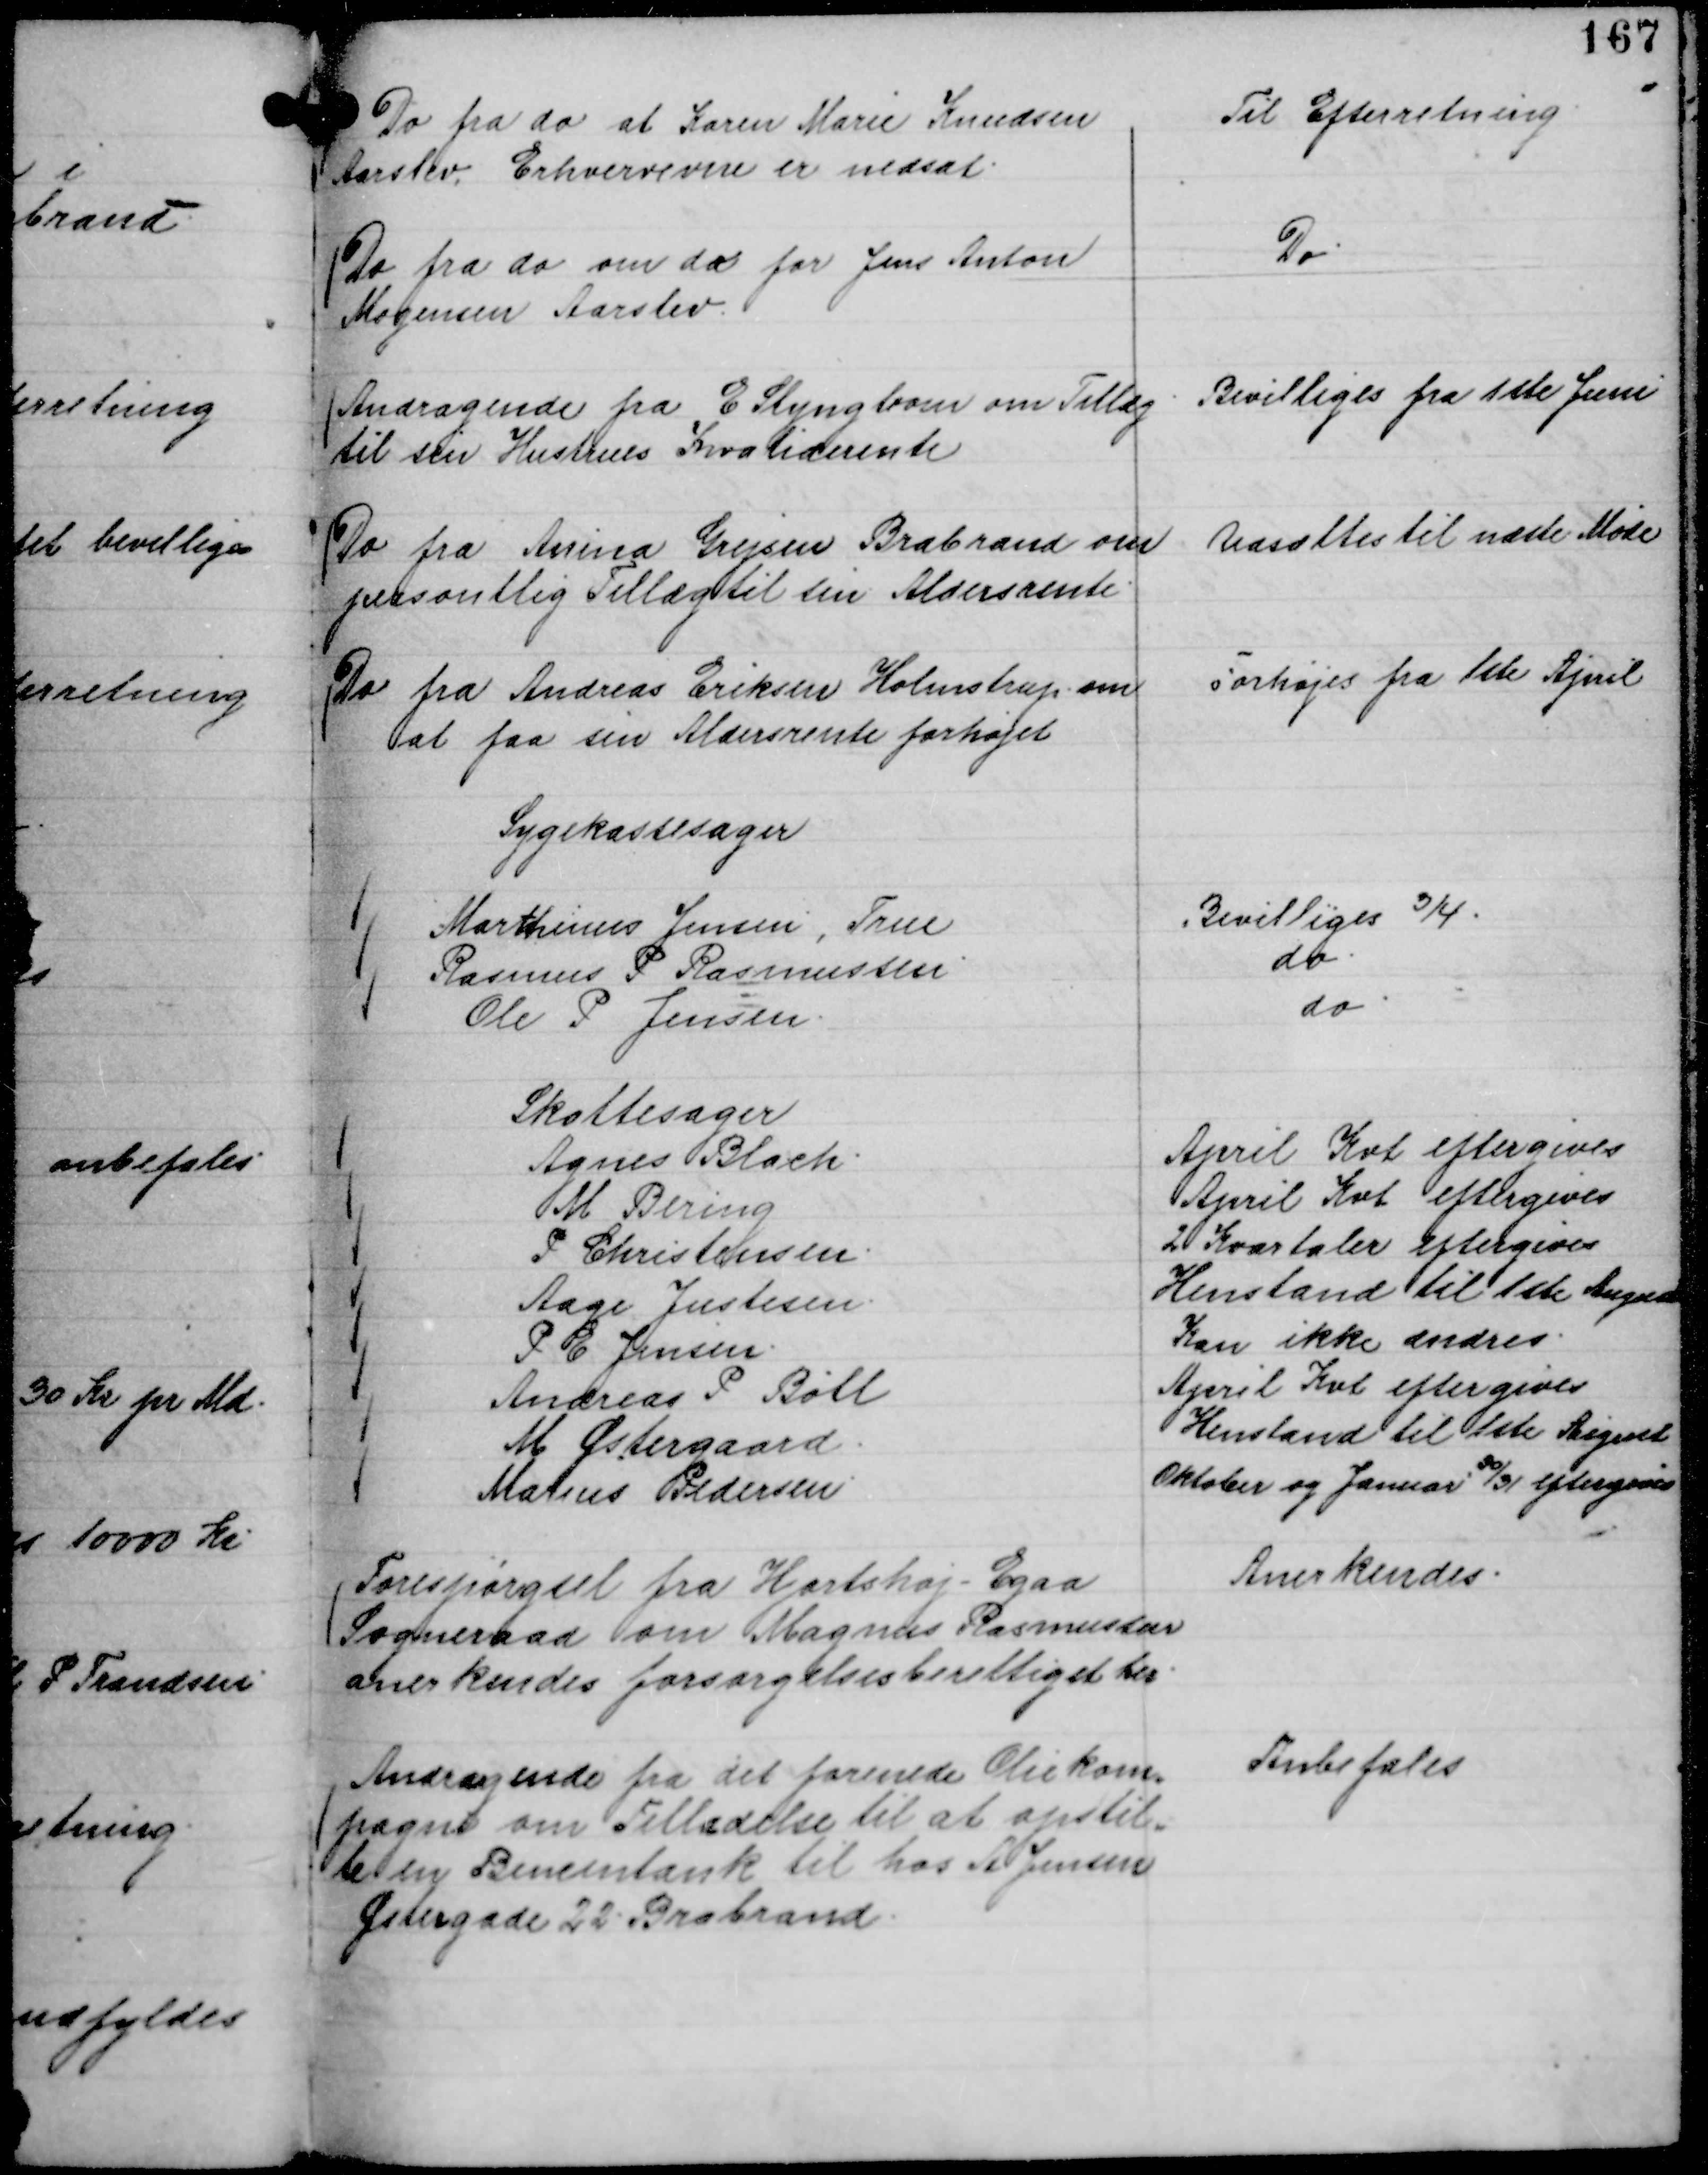
Transskription:
Do fra do at Karen Marie Knudsen
Aarslev, Erhvervevne er nedsat.

Til Efterretning.

Do fra do om do for Jens Anton
Mogensen Aarslev.

Do.

Andragende fra E Slyngbom om Tillæg
til sin Hustrues Invaliderente

Bevilliges fra 1ste Juni

Do fra Anina Grejsen Brabrand om
personlig Tillæg til sin Aldersrente.

Udsættes til næste Møde

Do fra Andreas Eriksen Holmstrup
at faa sin Aldersrente forhøjet

Forhøjes fra 1ste April

Sygekassesager
Marthinus Jensen, True
Bevilliges ¾.
Rasmus P Rasmussen.
do.
Ole P Jensen.
do.

Skattesager
Agnes Blach.
April Kvt eftergives
M Bering
April Kvt eftergives
P Christensen.
2 Kvartaler eftergives
Aage Justesen.
Henstand til 1ste August
P G Jensen.
Kan ikke ændres.
Andreas P Bøll
April Kvt eftergives
M Østergaard.
Henstand til 1ste August
Marius Pedersen.
Oktober og Januar 

30/31 eftergives

Forespørgsel fra Hjortshøj - Egaa
Sogneraad om Magnus Rasmussen
anerkendes forsørgelsesberettiget her.

Anerkendes.

Andragende fra Det forenede Oliekom,,
pagni om Tilladelse til at opstil,,
le en Bencintank til hos A Jensen
Østergade 22. Brabrand.

Anbefales